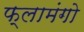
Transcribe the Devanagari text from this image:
फ्लामंगो